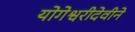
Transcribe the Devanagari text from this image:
योगेश्वरीदेवीने